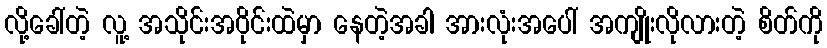
လို့ခေါ်တဲ့ လူ့ အသိုင်းအဝိုင်းထဲမှာ နေတဲ့အခါ အားလုံးအပေါ် အကျိုးလိုလားတဲ့ စိတ်ကို